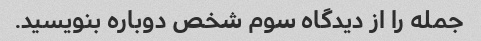
جمله را از دیدگاه سوم شخص دوباره بنویسید.